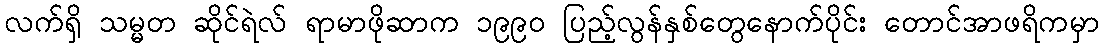
လက်ရှိ သမ္မတ ဆိုင်ရဲလ် ရာမာဖိုဆာက ၁၉၉၀ ပြည့်လွန်နှစ်တွေနောက်ပိုင်း တောင်အာဖရိကမှာ